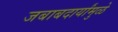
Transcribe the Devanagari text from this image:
जबाबदार्यांमुळे